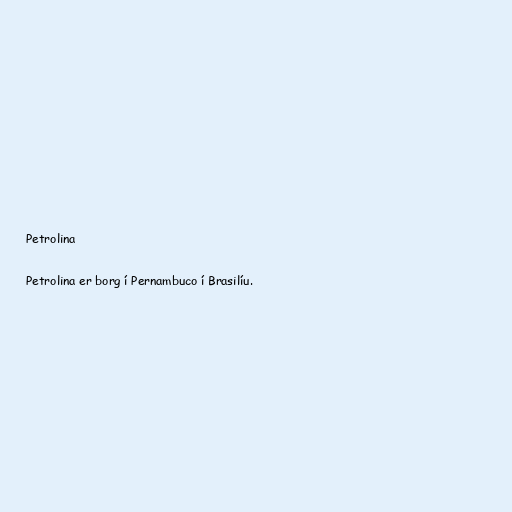
Petrolina

Petrolina er borg í Pernambuco í Brasilíu.